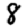
Digit: 8